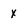
Character: x